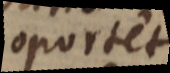
oportet